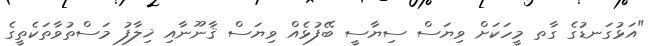
"އަޅުގަނޑުގެ ގާތ މީހަކަށް ވިޔަސް ސިޔާސީ ބޭފުޅެއް ވިޔަސް ޤާނޫނާއި ޚިލާފު މަސްތުވާތަކެތީގެ